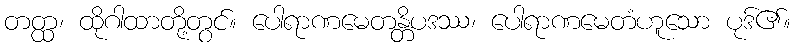
တတ္ထ၊ ထိုဂါထာတို့တွင်။ ပေါရာဏမေတန္တိပဒဿ၊ ပေါရာဏမေတံဟူသော ပုဒ်၏။